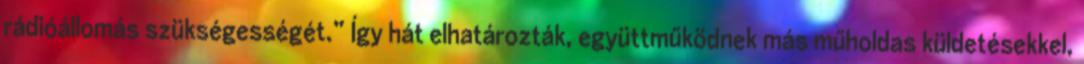
rádióállomás szükségességét.” Így hát elhatározták, együttműködnek más műholdas küldetésekkel,